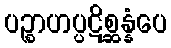
ပဉ္စာဟပ္ပဋိစ္ဆန္နံပေ